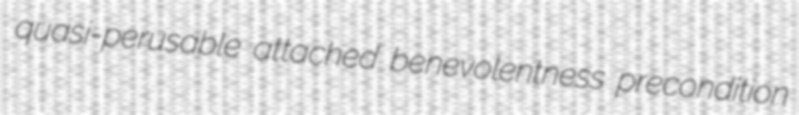
quasi-perusable attached benevolentness precondition